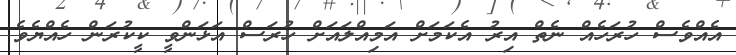
އެއްވެސް ހުރަހެއް ނެތް އިރު އެކަމަށް އަމިއްލައަށް ހުރަސް އަޅަންވީ ކީކުރަން ހެއްޔެވެ